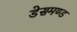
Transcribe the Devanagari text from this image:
डेसमण्ड